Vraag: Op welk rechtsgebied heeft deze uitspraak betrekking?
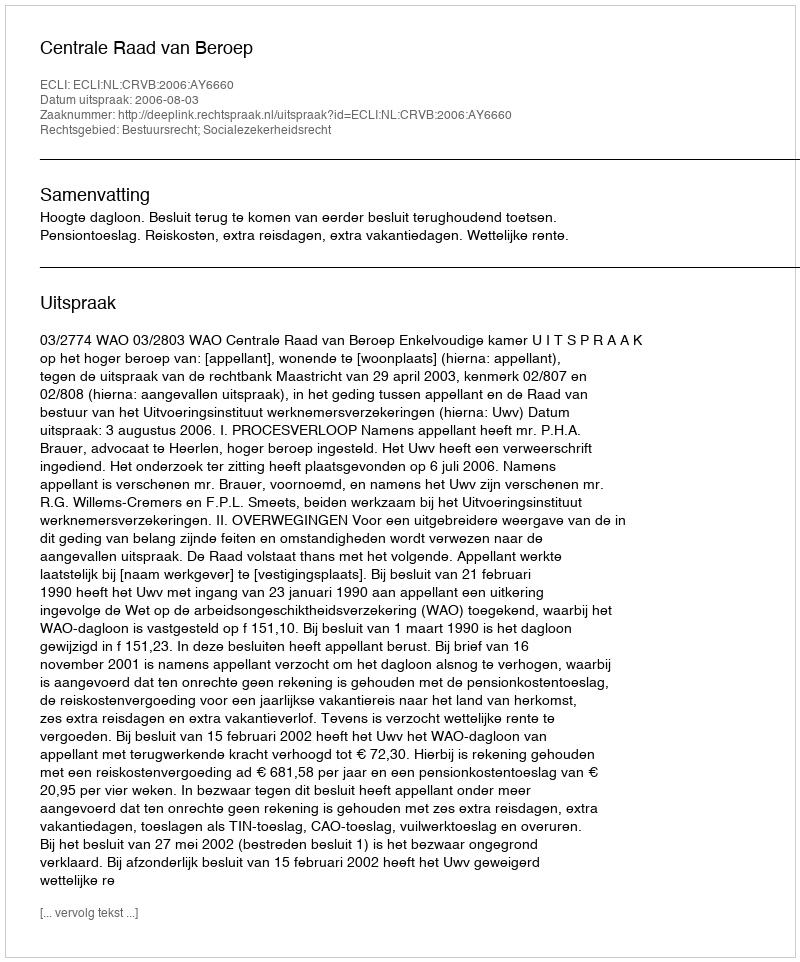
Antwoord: Bestuursrecht; Socialezekerheidsrecht